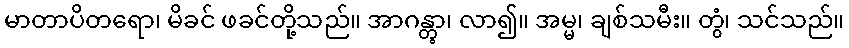
မာတာပိတရော၊ မိခင် ဖခင်တို့သည်။ အာဂန္တွာ၊ လာ၍။ အမ္မ၊ ချစ်သမီး။ တွံ၊ သင်သည်။